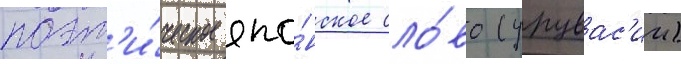
поэт'и́ческое япо́нское сло́во (урувас'ии)